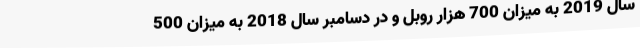
سال 2019 به میزان 700 هزار روبل و در دسامبر سال 2018 به میزان 500